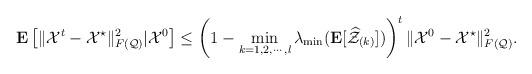
LaTeX: \begin{align*}\mathbf{E}\left[\|\mathcal{X}^{t}-\mathcal{X}^{\star}\|_{F(\mathcal{Q})}^{2}|\mathcal{X}^{0}\right]\leq\left(1-\mathop{\min}_{k=1,2,\cdots,l}\lambda_{\min}(\mathbf{E}[\widehat{\mathcal{Z}}_{(k)}])\right)^{t}\|\mathcal{X}^{0}-\mathcal{X}^{\star}\|_{F(\mathcal{Q})}^{2}.\end{align*}